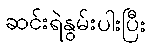
ဆင်းရဲနွမ်းပါးပြီး